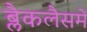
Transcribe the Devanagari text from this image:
ब्लैकलैसमें